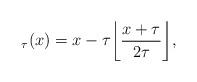
LaTeX: \begin{align*} _{\tau} (x) = x -\tau \bigg\lfloor \frac{x+\tau}{2\tau}\bigg\rfloor ,\end{align*}